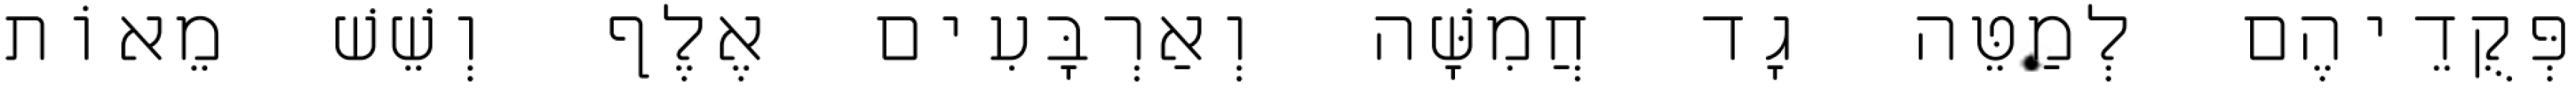
פְּקֻדֵיהֶם לְמַטֵּה גָד חֲמִשָּׁה וְאַרְבָּעִים אֶלֶף וְשֵׁשׁ מֵאוֹת